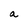
Character: a